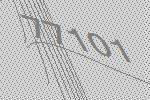
77101